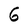
Character: 6